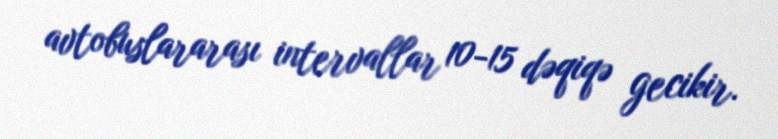
avtobuslararası intervallar 10-15 dəqiqə gecikir.